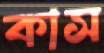
কাস